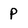
Character: P